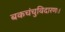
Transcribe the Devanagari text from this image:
बकचंचुविदारणः।